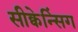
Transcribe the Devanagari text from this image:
सीक्वेन्सिंग